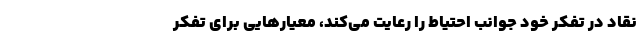
نقاد در تفکر خود جوانب احتیاط را رعایت می‌کند، معیارهایی برای تفکر